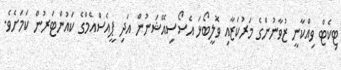
ޓިކެޓް ވިއްކާނީ ޒުވާނުންގެ މަރުކަޒާއި ވޮލީބޯޅަ އެސޯސިއޭޝަނުން އަދި ޕީއެސްއެމްގެ ކައުންޓަރުން ކަމަށެވެ.